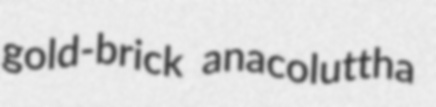
gold-brick anacoluttha